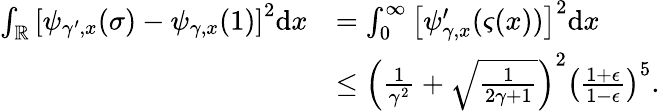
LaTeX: \begin{array}{rl}{\int_{\mathbb{R}}\left[\psi_{\gamma^{\prime},x}(\sigma)-\psi_{\gamma,x}(1)\right]^{2}\mathrm{d}x}&{=\int_{0}^{\infty}\left[\psi_{\gamma,x}^{\prime}(\varsigma(x))\right]^{2}\mathrm{d}x}\\ &{\leq\left(\frac{1}{\gamma^{2}}+\sqrt{\frac{1}{2\gamma+1}}\right)^{2}\left(\frac{1+\epsilon}{1-\epsilon}\right)^{5}.}\end{array}